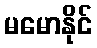
မမောနိုင်